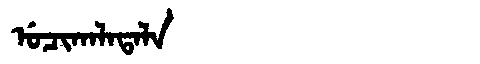
Manchu: ᡠᠴᡳᡴᠠᠯᠠᡨᠠᠯᠠ
Romanization: UCIKALATALA